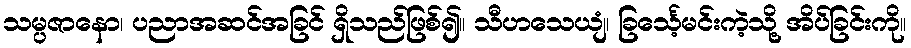
သမ္ပဇာနော၊ ပညာအဆင်အခြင် ရှိသည်ဖြစ်၍။ သီဟသေယျံ၊ ခြင်္သေ့မင်းကဲ့သို့ အိပ်ခြင်းကို။